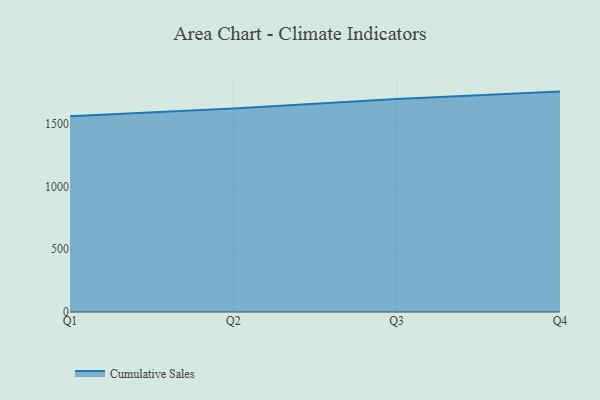
{"axis": {"x": "Quarter", "y": "Headcount"}, "legend": ["Cumulative Sales"], "data": [{"x": "Q1", "y": 1561.1, "type": "Cumulative Sales"}, {"x": "Q2", "y": 1622.5, "type": "Cumulative Sales"}, {"x": "Q3", "y": 1698.0, "type": "Cumulative Sales"}, {"x": "Q4", "y": 1757.1, "type": "Cumulative Sales"}]}